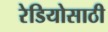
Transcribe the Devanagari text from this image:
रेडियोसाठी